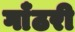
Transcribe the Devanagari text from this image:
गाँठरी